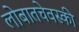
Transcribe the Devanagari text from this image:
लोबातचेवस्की